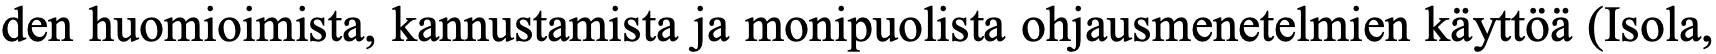
den huomioimista, kannustamista ja monipuolista ohjausmenetelmien käyttöä (Isola,